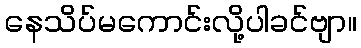
နေသိပ်မကောင်းလို့ပါခင်ဗျာ။